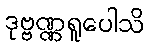
ဒုဗ္ဗဏ္ဏရူပေါသိ